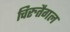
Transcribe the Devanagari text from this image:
चिरुतैगल